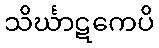
သိင်္ဃာဋကေပိ